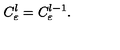
C _ { \varepsilon } ^ { l } = C _ { \varepsilon } ^ { l - 1 } .